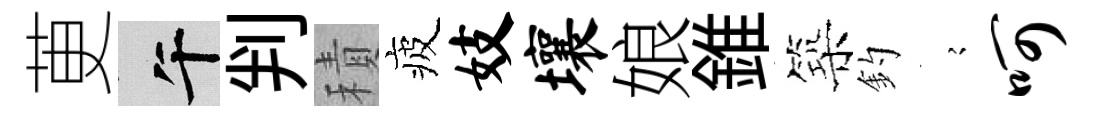
茰午判積疲妓壤娘錐築釣𡪹呵